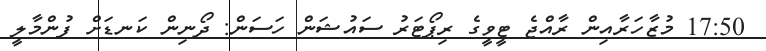
17:50 މުޒާހަރާއިން ރާއްޖެ ޓީވީގެ ރިޕޯޓަރު ސައުޝަން ހަސަން: ދޯނިން ކަނޑަށް ފުންމާލީ